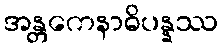
အန္တကေနာဓိပန္နဿ